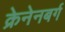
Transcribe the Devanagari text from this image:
क्रेनेनबर्ग